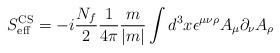
LaTeX: \begin{align*}S_{\rm eff}^{\rm CS}=-i \frac{N_f}{2}\frac{1}{4\pi}\frac{m}{|m|}\int d^3x\epsilon^{\mu\nu\rho}A_\mu \partial_\nu A_\rho\end{align*}